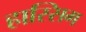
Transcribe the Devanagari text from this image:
हास्सिग